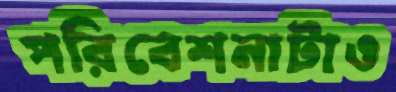
পরিবেশনাটাও